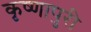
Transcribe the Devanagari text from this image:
कृष्णापुरी